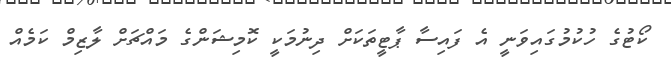
ކޯޓުގެ ހުކުމުގައިވަނީ އެ ފައިސާ ޕާޓީތަކަށް ދިނުމަކީ ކޮމިޝަންގެ މައްޗަށް ލާޒިމް ކަމެއް